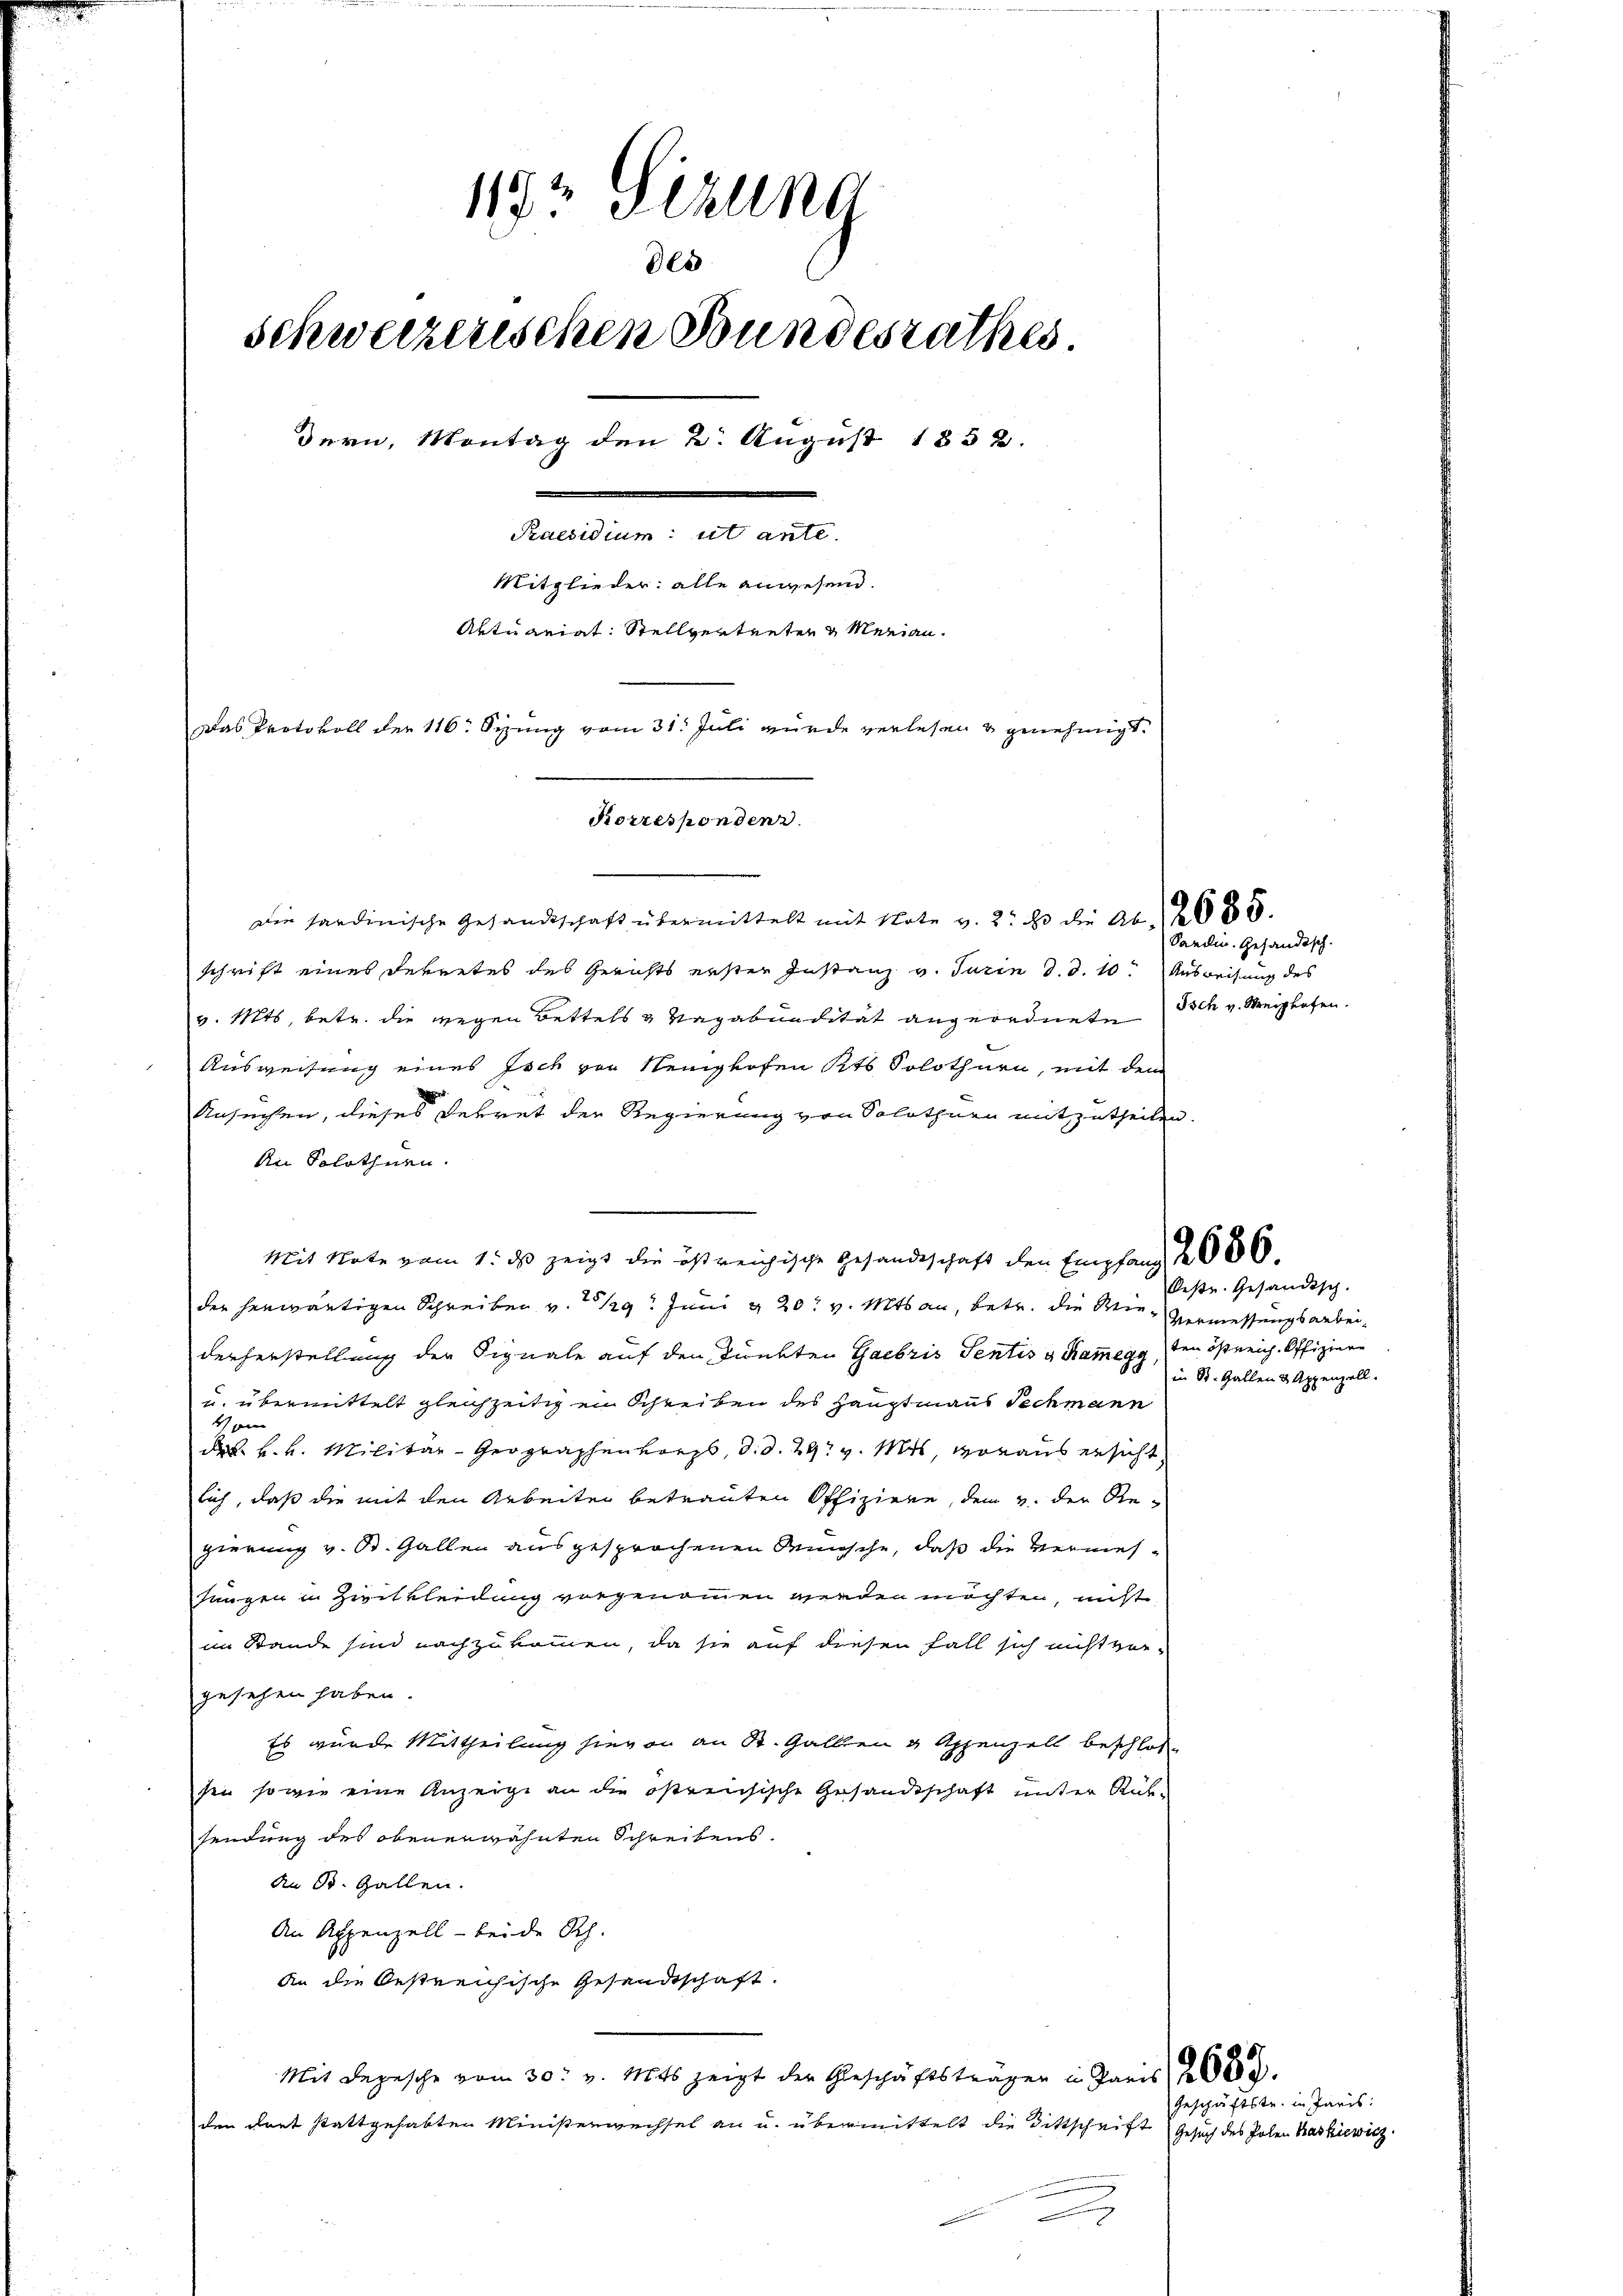
119 Sezung
des
schweizerischen Bundesrathes.
dern, Montag den 2. August 1852.
Praesidium utante.
Mitglieder: alle anwesend.
Artuariat Stellvertreten & Merian¬
Das Protokoll der 116. Sizung vom 31. Juli wurde verlesen u genehmigt.

Korrespondenz.

Die sardinische Gesandtschaft übermittelt mit Note v. 3. d. die Abs. 285.
schrift eines Dekretes des Gerichts erster Instanz v. Turin d. d. 10. Ausweisung des
v. Mts, betr. die gegen Bettels & Vagabundität angeordnete Ich v. Steighafen.
Ausweisung eines Isch von Neuighofen Kts. Solothurn, mit dem
Ansuchen, dieses Dekret der Regierung von Solothurn mitzutheilen.
An Solothurn.
Mit Note vom 1. ds zeigt die ist reichische Gesandtschaft den Empfang 2 066.
der herwärtigen Schreiben v. 28/29. Juni u. 20. v. Mts an, betr. die Wir- Vermessungsarbeiderherstellung der Signale auf den Punkten Gabris Sentis g Kam̅egg, den östreich. Offiziere
u. übermittelt gleichzeitigen Schreiben des Hauptmanns Techmann
4
d k. k. Militar-Geographenkorps, d. d. 29. v. Mts, voraus ersicht,
lich, daß die mit den Arbeiten betrauten Offiziere, dem v. der Regierung v. St. Gallen ausgesprochenen Wünsche, daß die Vermes¬
Jungen in Zwitkleidung vorgenommen werden möchten, nicht
im Stande sind nachzukommen, da sie auf diesen Fall sich nicht vor-
gesehen haben.
Es wurde Mittheilung hievon an St. Gallen & Appenzell beschloße
sen sowie eine Anzeige an die östreisische Gesandtschaft unter Rük-
sendung des obenerwähnten Schreibens.
An St. Gallen.
An Appenzell - beide Rh.
An die Oestreichische Gesandtschaft.
Mit Depesche vom 30. v. Mts. zeigt der Geschäftsträger in Paris 2000.
den dort stattgehabten Ministerwechsel an u. übermittelt die Bittschrift
n

Sardin. Gesandtsch.

Oestr. Gesandtsch.
in St. Gallen & Appenzell.

Geschäftstr. in Paris.
Gesuch des Polen Kaskiewicz